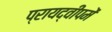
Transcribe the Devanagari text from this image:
प्रायद्वीपमें